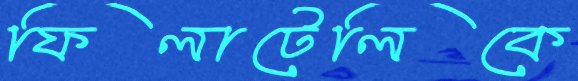
ফিলাটেলিকে